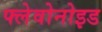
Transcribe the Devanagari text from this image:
फ्लेवोनोइड